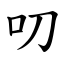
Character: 叨